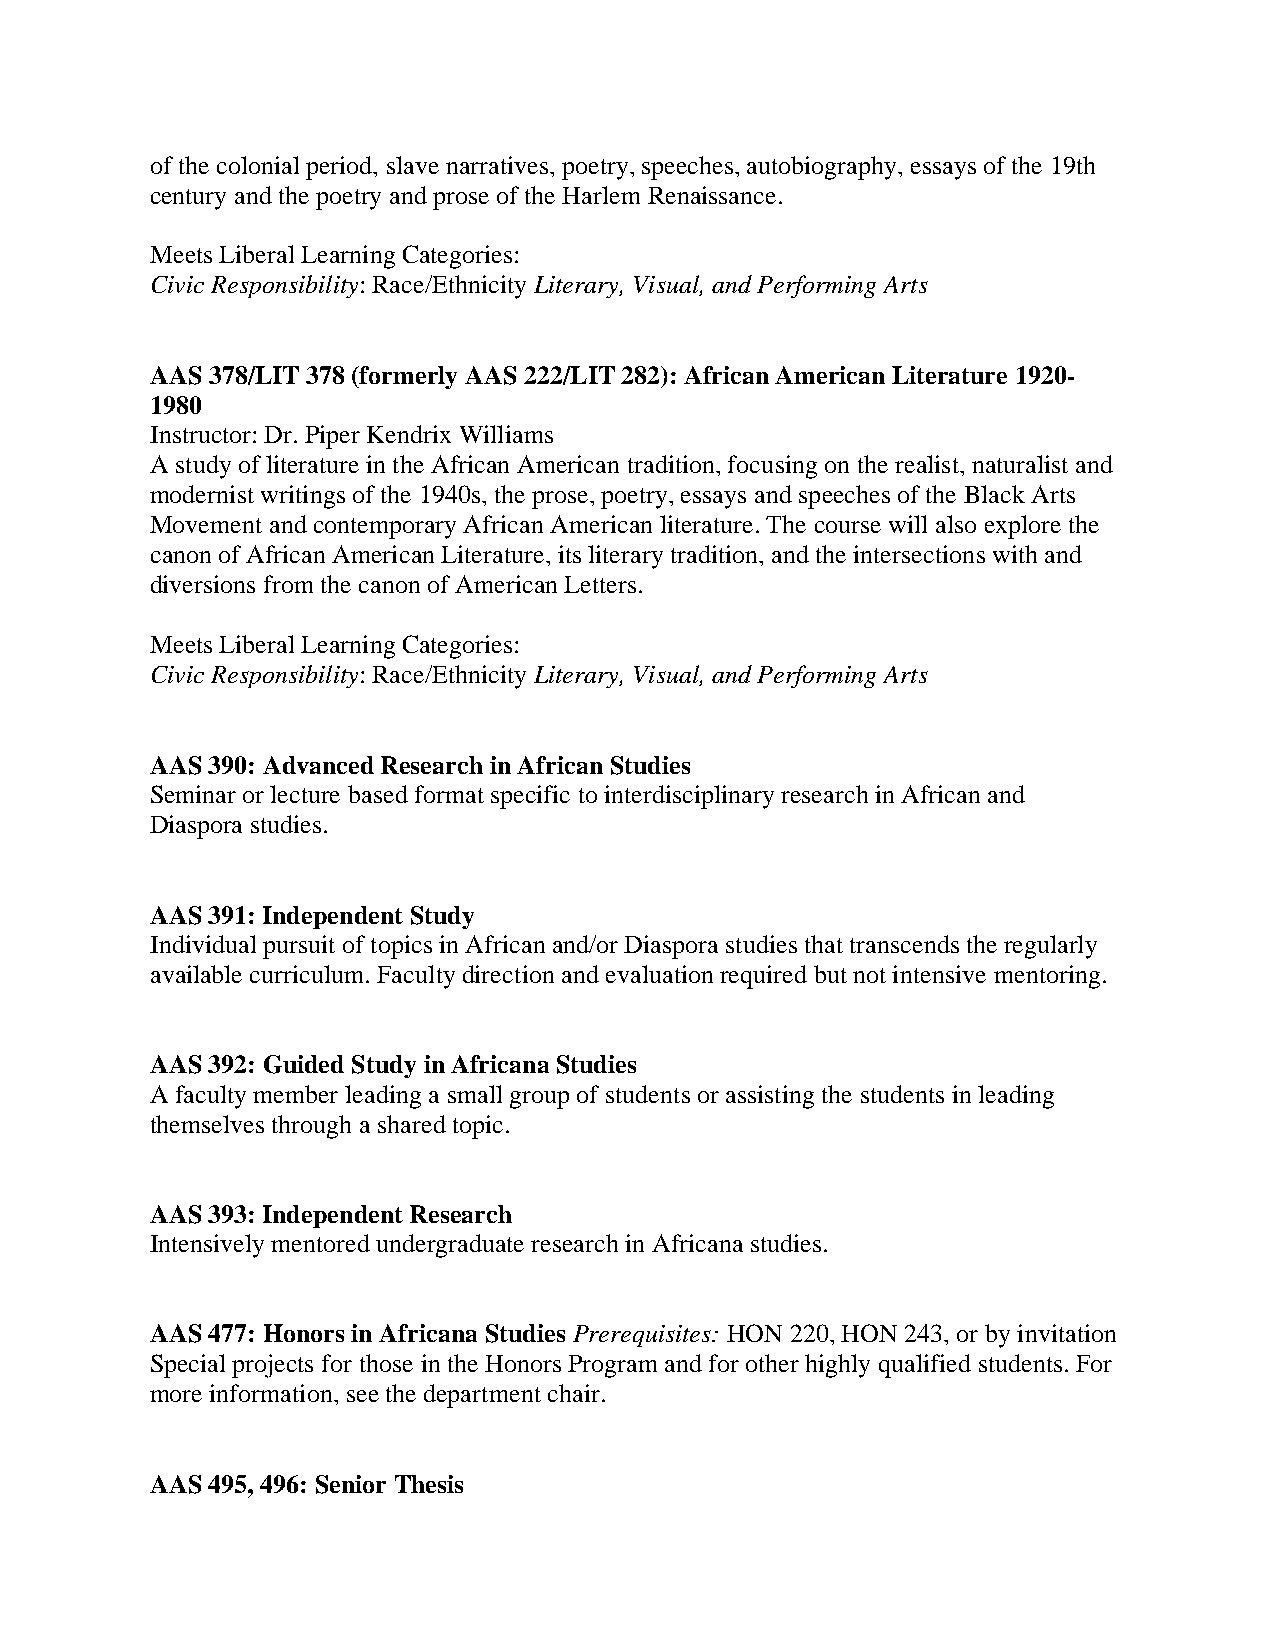
of the colonial period, slave narratives, poetry, speeches, autobiography, essays of the 19th
 century and the poetry and prose of the Harlem Renaissance.
 Meets Liberal Learning Categories:
 Civic Responsibility: Race/Ethnicity Literary, Visual, and Performing Arts
 AAS 378/LIT 378 (formerly AAS 222/LIT 282): African American Literature 1920-
 1980
 Instructor: Dr. Piper Kendrix Williams
 A study of literature in the African American tradition, focusing on the realist, naturalist and
 modernist writings of the 1940s, the prose, poetry, essays and speeches of the Black Arts
 Movement and contemporary African American literature. The course will also explore the
 canon of African American Literature, its literary tradition, and the intersections with and
 diversions from the canon of American Letters.
 Meets Liberal Learning Categories:
 Civic Responsibility: Race/Ethnicity Literary, Visual, and Performing Arts
 AAS 390: Advanced Research in African Studies
 Seminar or lecture based format specific to interdisciplinary research in African and
 Diaspora studies.
 AAS 391: Independent Study
 Individual pursuit of topics in African and/or Diaspora studies that transcends the regularly
 available curriculum. Faculty direction and evaluation required but not intensive mentoring.
 AAS 392: Guided Study in Africana Studies
 A faculty member leading a small group of students or assisting the students in leading
 themselves through a shared topic.
 AAS 393: Independent Research
 Intensively mentored undergraduate research in Africana studies.
 AAS 477: Honors in Africana Studies Prerequisites: HON 220, HON 243, or by invitation
 Special projects for those in the Honors Program and for other highly qualified students. For
 more information, see the department chair.
 AAS 495, 496: Senior Thesis